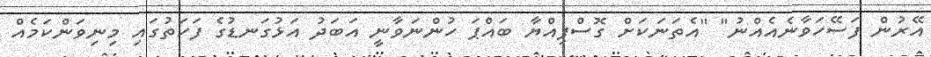
އޭރުން ފަސޭހަވާނެއެއްނު" "އެތަނަކަށް ގޮސްފިއްޔާ ބައްޕަ ހުންނަވާނީ އަބަދު އަޅުގަނޑުގެ ފަހަތުގައި މިނިވަންކަމެއް